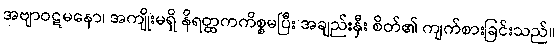
အဗျာဝဋမနော၊ အကျိုးမရှိ နိရတ္ထကကိစ္စမပြီး အချည်းနှီး စိတ်၏ ကျက်စားခြင်းသည်။